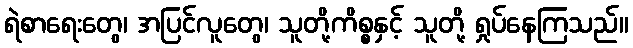
ရဲစာရေးတွေ၊ အပြင်လူတွေ၊ သူတို့ကိစ္စနှင့် သူတို့ ရှုပ်နေကြသည်။